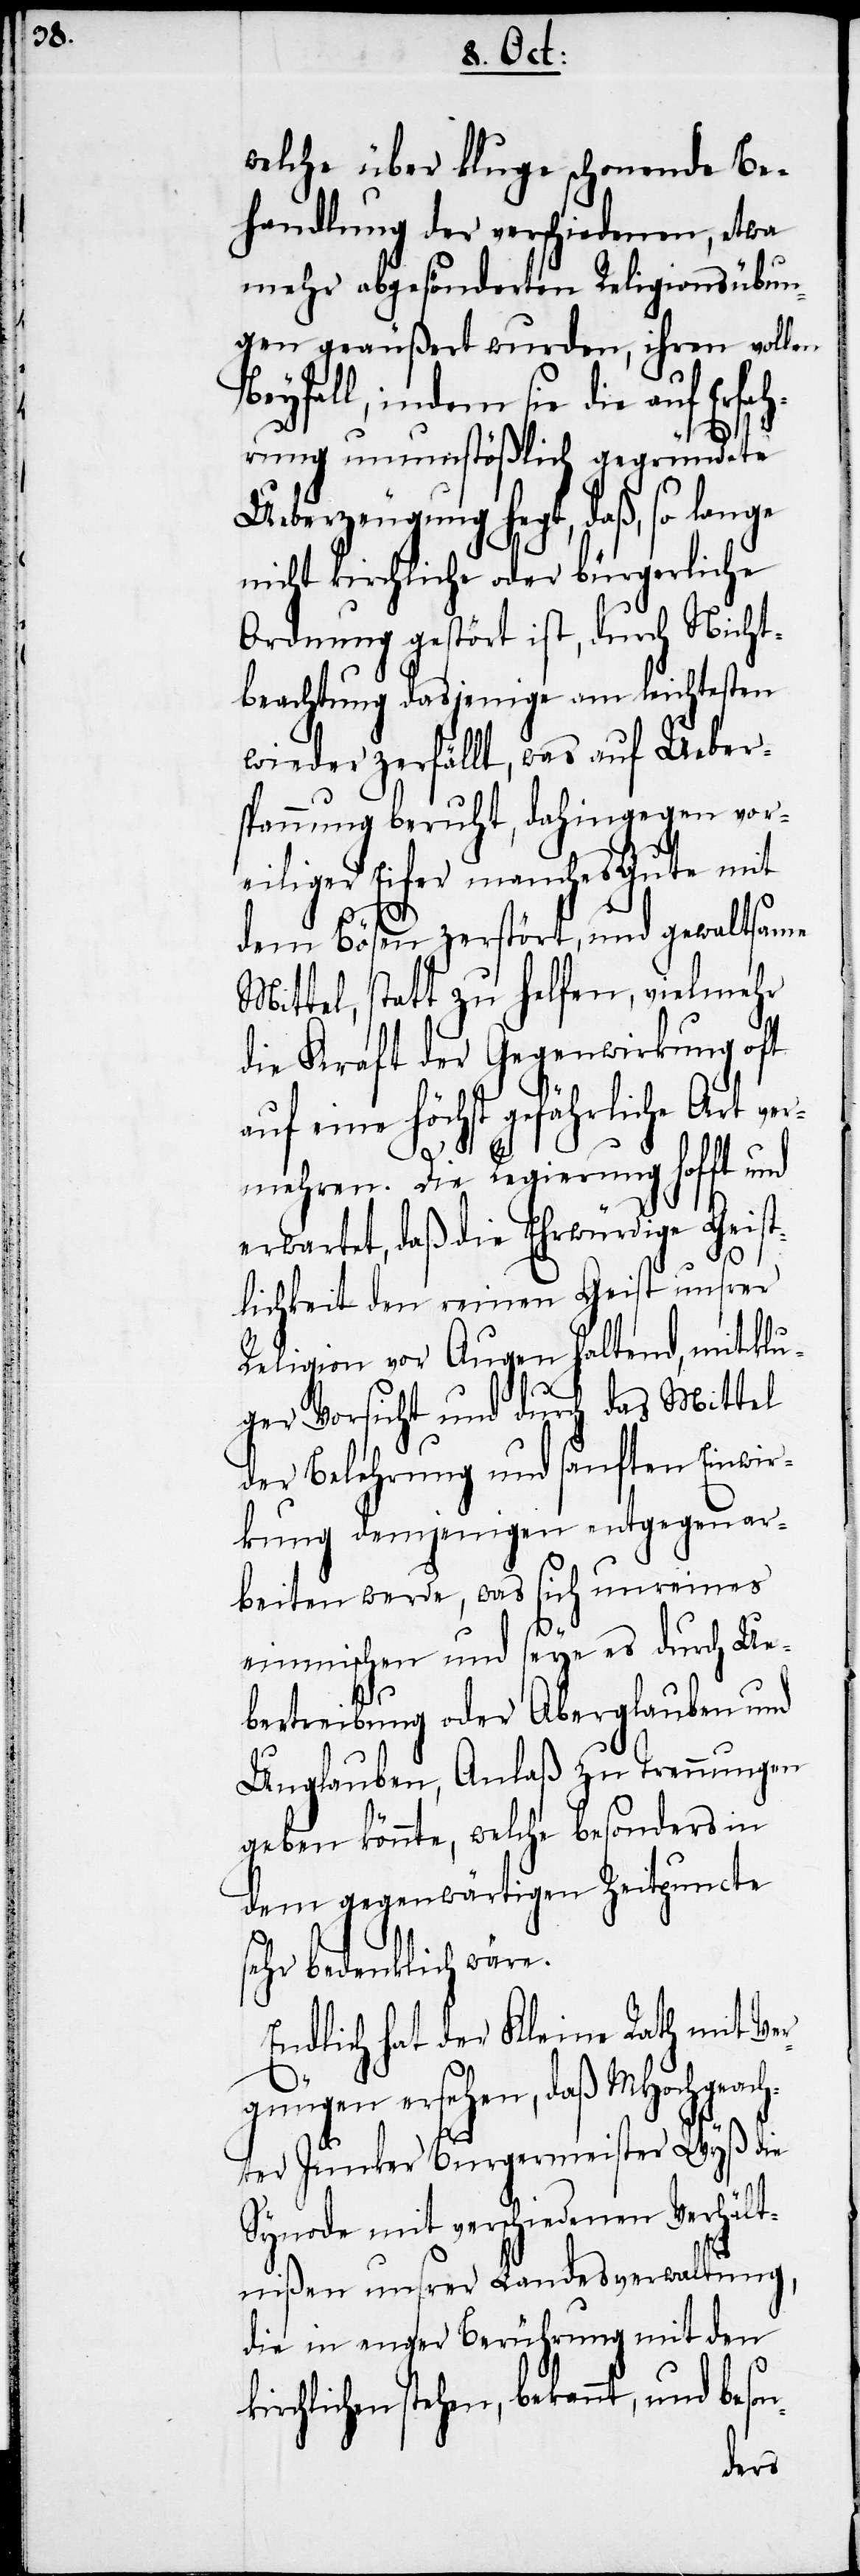
welche über kluge schonende Be¬
handlung der verschiedenen, etwa
mehr abgesönderten Religionsübun¬
gen geäußert wurden, ihren vollen
Beyfall, indem sie die auf Erfah¬
rung unumstößlich gegründete
Ueberzeugung hegt, daß, so lan¬
nicht kirchliche oder bürgerliche
Ordnung gestört ist, durch Nicht¬
beachtung dasjenige am leichtesten
wieder zerfällt, was auf Ueber¬
spannung beruht, dahingegen vor¬
eiliger Eifer manches Gute mit
dem Bösen zerstört, und gewaltsame
Mittel, statt zu helfen, vielmehr
die Kraft der Gegenwirkung oft
auf eine höchst gefährliche Art ver¬
ge
mehren. Die Regierung hofft und
erwartet, daß die Ehrwürdige Geist¬
lichkeit den reinen Geist unsrer
Religion vor Augen haltend, mit klu¬
ger Vorsicht und durch das Mittel
der Belehrung und sanften Einwir¬
kung demjenigen entgegen ar¬
beiten werde, was sich unreines
einmischen und seye es durch Ue¬
bertreibung oder Aberglauben und
Unglauben, Anlaß zu Trennungen
geben könnte, welche besonders in
dem gegenwärtigen Zeitpuncte
sehr bedenklich wäre.
Endlich hat der Kleine Rath mit Ver¬
gnügen ersehen, daß MHochgeach¬
ter Junker Burgermeister Wyß die
Synode mit verschiedenen Verhält¬
nißen unsrer Landesverwaltung,
die in enger Berührung mit den
kirchlichen stehen, bekannt, und beson-